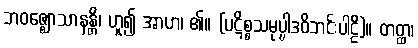
ဘဝဇ္ဈောသာနန္တိ၊ ဟူ၍ အာဟ၊ ၏။ (ပဋိစ္စသမုပ္ပါဒဝိဘင်းပါဠိ)။ တတ္ထ၊